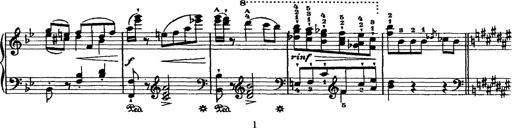
Title: Grande valse di bravura
Composer: Franz Liszt